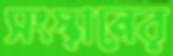
সংস্থানের